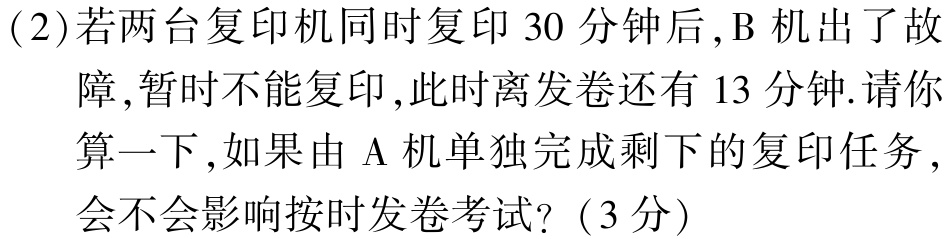
(2)若两台复印机同时复印$30$分钟后，B机出了故障，暂时不能复印，此时离发卷还有$13$分钟.请你算一下，如果由A机单独完成剩下的复印任务，会不会影响按时发卷考试？（3分）